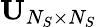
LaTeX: {\mathbf{U}}_{N_{S}\times N_{S}}